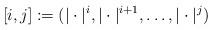
LaTeX: \begin{align*} [i,j]:=(|\cdot|^i, |\cdot|^{i+1}, \ldots, |\cdot|^j)\end{align*}